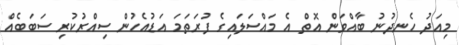
މިއަދު ހެނދުނު ބާއްވަން އޮތް އެ މައްސަލައިގެ ފުރަތަމަ އަޑުއެހުން ސިއްރުކުރި ސަބަބެއް